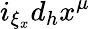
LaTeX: i_{\xi_{x}}d_{h}x^{\mu}